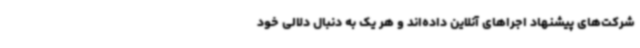
شرکت‌های پیشنهاد اجراهای آنلاین داده‌اند و هر یک به دنبال دلالی خود